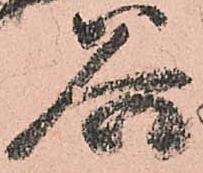
谷